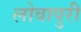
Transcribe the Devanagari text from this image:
लोवापुरी